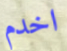
اخدم